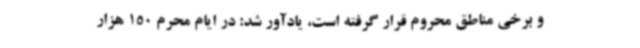
و برخی مناطق محروم قرار گرفته است، یادآور شد: در ایام محرم 150 هزار